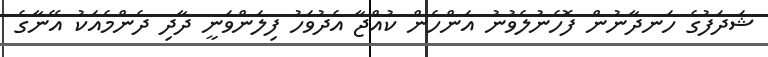
ޝަދަފުގެ ހަނދާނުން ފޮހެނުލެވުނު އަންހެން ކުއްޖާ އެދުވަހު ފިލަންވަނީ ދާދި ދެންމެއަކު އޭނާގެ